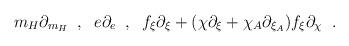
LaTeX: \begin{align*} m_H \partial_{m_H} \; \; , \; \; e \partial_e \; \; , \; \; f_{\xi} \partial_{\xi} + (\chi \partial_{\xi} + \chi_A \partial_{\xi_A} ) f_{\xi} \partial_{\chi} \; \; .\end{align*}